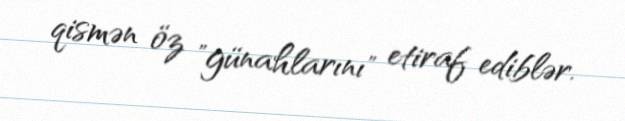
qismən öz "günahlarını" etiraf ediblər.